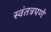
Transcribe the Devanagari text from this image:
स्वंतत्रपणे